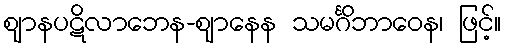
ဈာနပဋိလာဘေန-ဈာနေန သမင်္ဂိဘာဝေန၊ ဖြင့်။